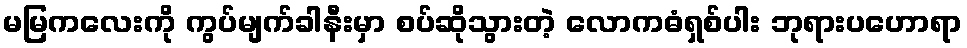
မမြကလေးကို ကွပ်မျက်ခါနီးမှာ စပ်ဆိုသွားတဲ့ လောကဓံရှစ်ပါး ဘုရားပဟောရာ